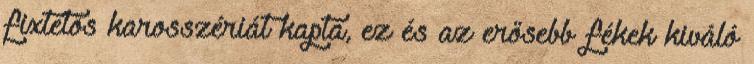
fixtetős karosszériát kapta, ez és az erősebb fékek kiváló